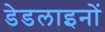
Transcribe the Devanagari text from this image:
डेडलाइनों